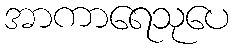
အာကာရေသုပေ